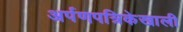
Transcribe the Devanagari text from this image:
अर्पणपत्रिकेखाली